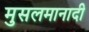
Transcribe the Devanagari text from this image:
मुसलमानादी